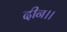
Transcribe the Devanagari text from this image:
दीन।।